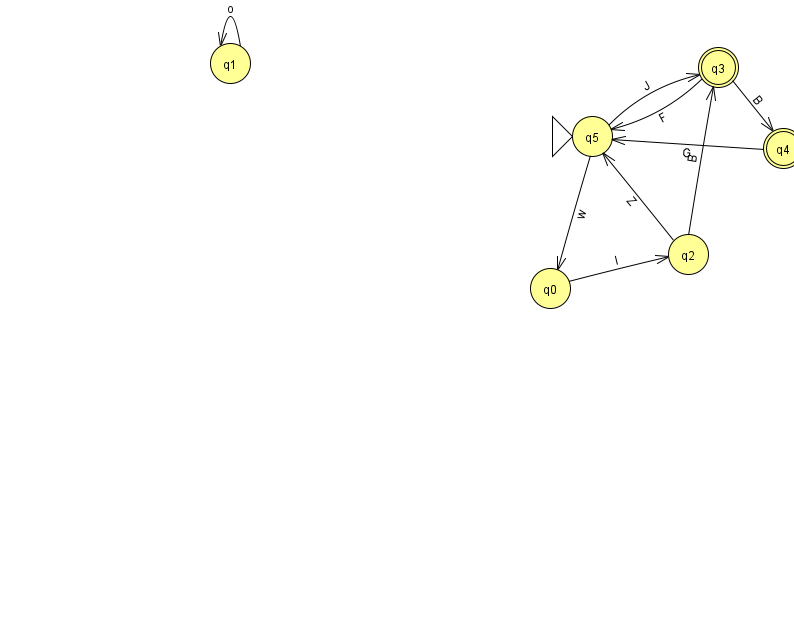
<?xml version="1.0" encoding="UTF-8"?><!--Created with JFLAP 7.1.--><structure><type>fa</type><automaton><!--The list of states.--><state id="0" name="q0"><x>550.0</x><y>275.0</y></state><state id="1" name="q1"><x>230.0</x><y>50.0</y></state><state id="2" name="q2"><x>688.0</x><y>241.0</y></state><state id="3" name="q3"><x>718.0</x><y>54.0</y><final/></state><state id="4" name="q4"><x>783.0</x><y>135.0</y><final/></state><state id="5" name="q5"><x>592.0</x><y>123.0</y><initial/></state><!--The list of transitions.--><transition><from>0</from><to>2</to><read>l</read></transition><transition><from>3</from><to>5</to><read>F</read></transition><transition><from>3</from><to>4</to><read>B</read></transition><transition><from>2</from><to>5</to><read>Z</read></transition><transition><from>5</from><to>0</to><read>w</read></transition><transition><from>4</from><to>5</to><read>G</read></transition><transition><from>2</from><to>3</to><read>B</read></transition><transition><from>5</from><to>3</to><read>J</read></transition><transition><from>1</from><to>1</to><read>o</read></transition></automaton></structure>